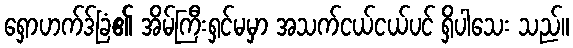
ရှောဟက်ဒ်ခြံ၏ အိမ်ကြီးရှင်မမှာ အသက်ငယ်ငယ်ပင် ရှိပါသေး သည်။